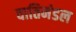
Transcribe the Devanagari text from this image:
वातिमंडल